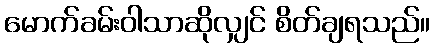
မောက်ခမ်းဝါသာဆိုလျှင် စိတ်ချရသည်။